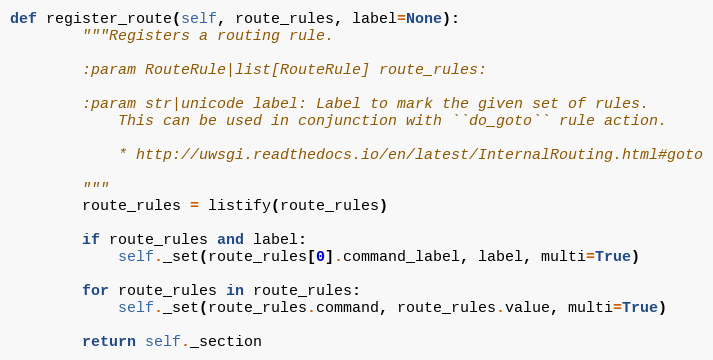
Language: Python
def register_route(self, route_rules, label=None):
        """Registers a routing rule.

        :param RouteRule|list[RouteRule] route_rules:

        :param str|unicode label: Label to mark the given set of rules.
            This can be used in conjunction with ``do_goto`` rule action.

            * http://uwsgi.readthedocs.io/en/latest/InternalRouting.html#goto

        """
        route_rules = listify(route_rules)

        if route_rules and label:
            self._set(route_rules[0].command_label, label, multi=True)

        for route_rules in route_rules:
            self._set(route_rules.command, route_rules.value, multi=True)

        return self._section